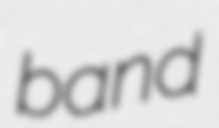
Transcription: band